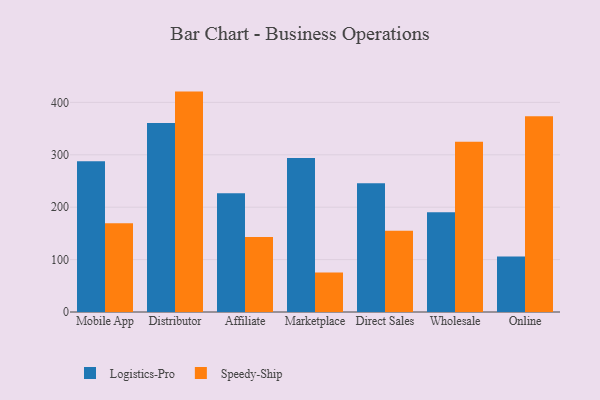
{"axis": {"x": "Channel", "y": "Shipments"}, "legend": ["Logistics-Pro", "Speedy-Ship"], "data": [{"x": "Mobile App", "y": 287.8, "type": "Logistics-Pro"}, {"x": "Mobile App", "y": 169.6, "type": "Speedy-Ship"}, {"x": "Distributor", "y": 360.5, "type": "Logistics-Pro"}, {"x": "Distributor", "y": 420.6, "type": "Speedy-Ship"}, {"x": "Affiliate", "y": 226.8, "type": "Logistics-Pro"}, {"x": "Affiliate", "y": 143.2, "type": "Speedy-Ship"}, {"x": "Marketplace", "y": 294.1, "type": "Logistics-Pro"}, {"x": "Marketplace", "y": 75.4, "type": "Speedy-Ship"}, {"x": "Direct Sales", "y": 245.7, "type": "Logistics-Pro"}, {"x": "Direct Sales", "y": 155.2, "type": "Speedy-Ship"}, {"x": "Wholesale", "y": 190.3, "type": "Logistics-Pro"}, {"x": "Wholesale", "y": 324.7, "type": "Speedy-Ship"}, {"x": "Online", "y": 106.1, "type": "Logistics-Pro"}, {"x": "Online", "y": 373.5, "type": "Speedy-Ship"}]}